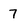
Character: 7